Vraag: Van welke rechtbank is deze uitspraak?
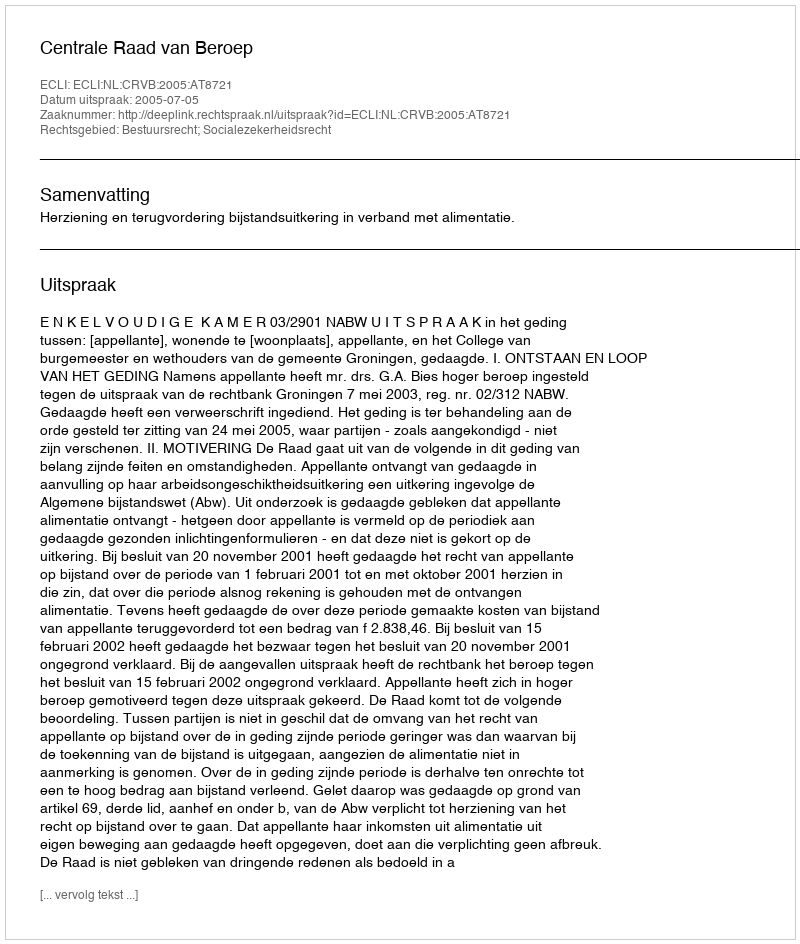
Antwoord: Centrale Raad van Beroep